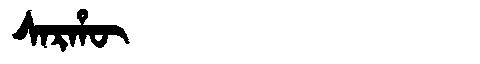
Manchu: ᠰᠠᡵᡥᡡ
Romanization: SARHŪ